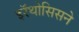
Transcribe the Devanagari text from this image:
इरॅथोसिसने